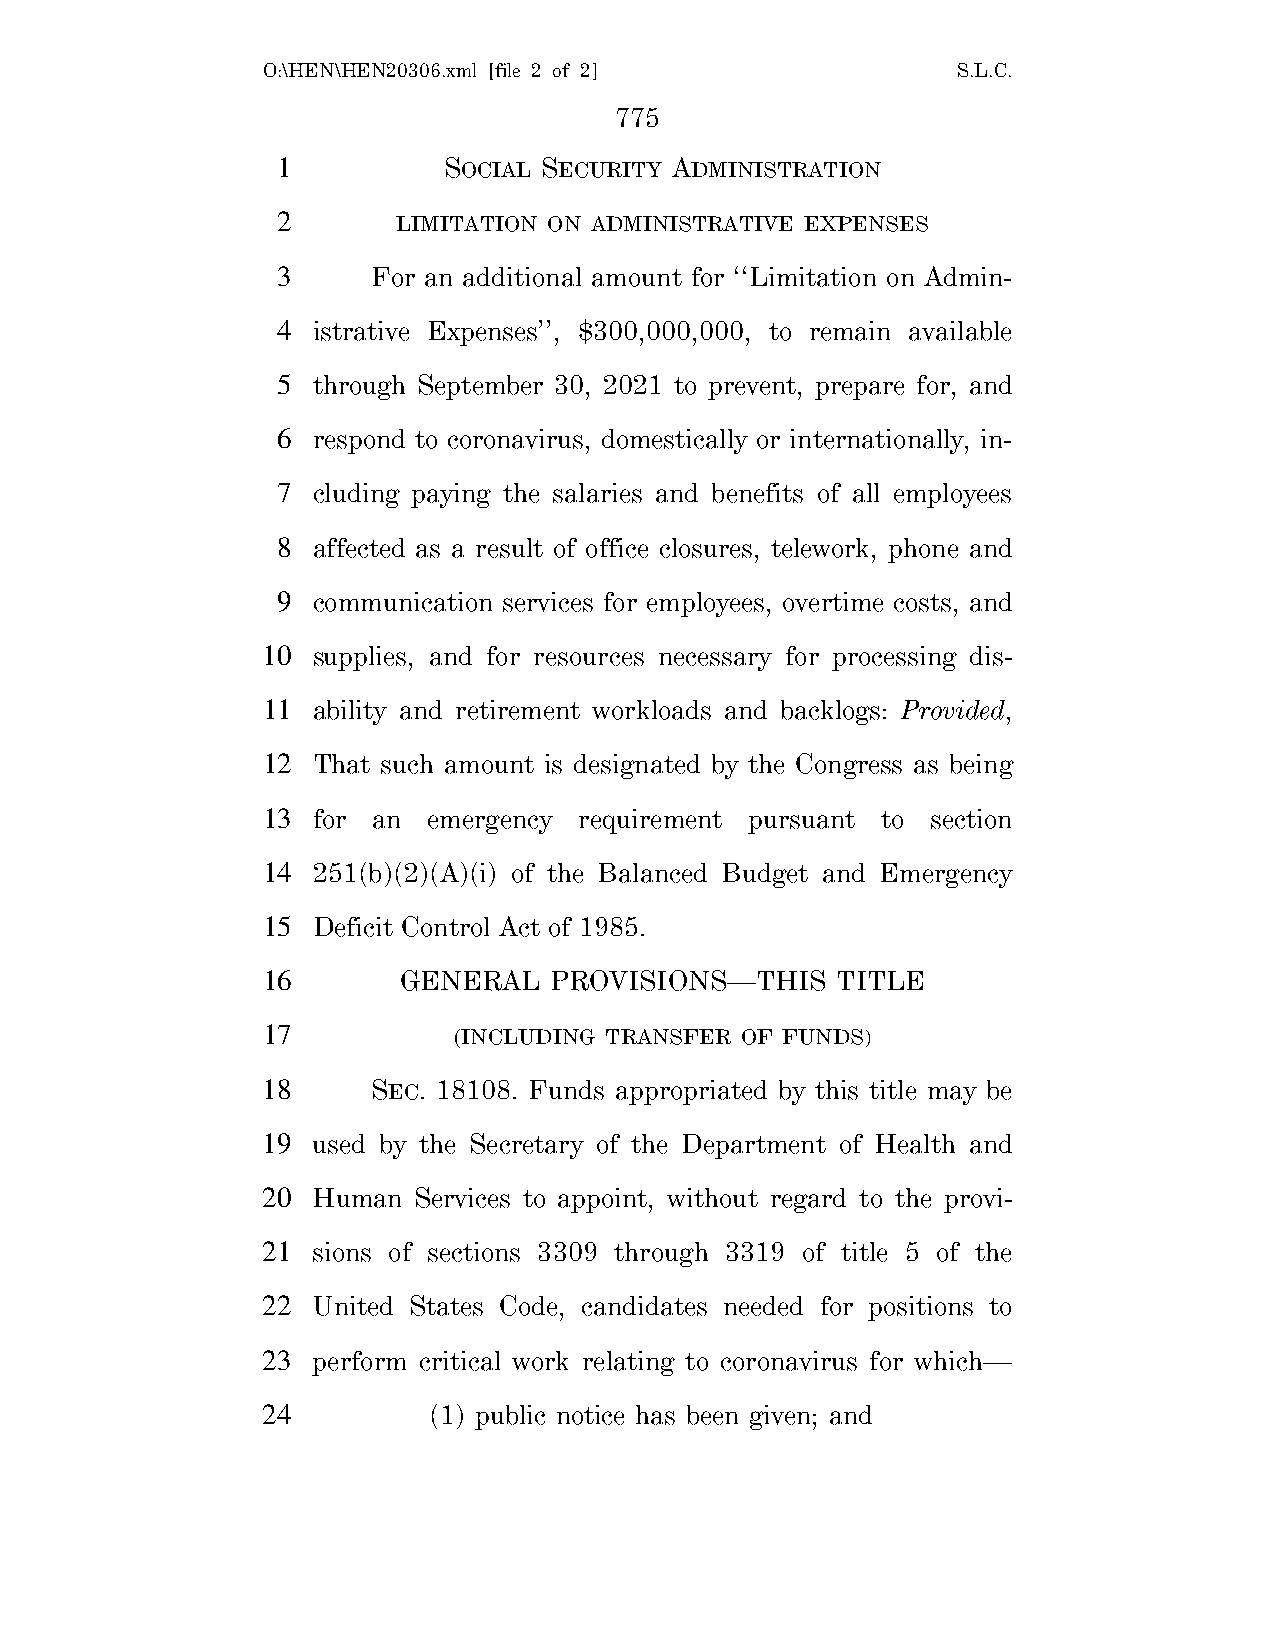
O:\HEN\HEN20306.xml [file 2 of 2]             S.L.C.
 775
 1          SOCIAL SECURITY ADMINISTRATION
 2       LIMITATION ON ADMINISTRATIVE EXPENSES
 3      For an additional amount for ‘‘Limitation on Admin-
 4  istrative Expenses’’, $300,000,000, to remain available
 5  through September 30, 2021 to prevent, prepare for, and
 6  respond to coronavirus, domestically or internationally, in-
 7  cluding paying the salaries and benefits of all employees
 8  affected as a result of office closures, telework, phone and
 9  communication services for employees, overtime costs, and
 10  supplies, and for resources necessary for processing dis-
 11  ability and retirement workloads and backlogs: Provided,
 12  That such amount is designated by the Congress as being
 13  for an emergency requirement pursuant to section
 14  251(b)(2)(A)(i) of the Balanced Budget and Emergency
 15  Deficit Control Act of 1985.
 16       GENERAL   PROVISIONS—THIS    TITLE
 17           (INCLUDING TRANSFER OF FUNDS)
 18      SEC. 18108. Funds appropriated by this title may be
 19  used by the Secretary of the Department of Health and
 20  Human Services to appoint, without regard to the provi-
 21  sions of sections 3309 through 3319 of title 5 of the
 22  United States Code, candidates needed for positions to
 23  perform critical work relating to coronavirus for which—
 24         (1) public notice has been given; and